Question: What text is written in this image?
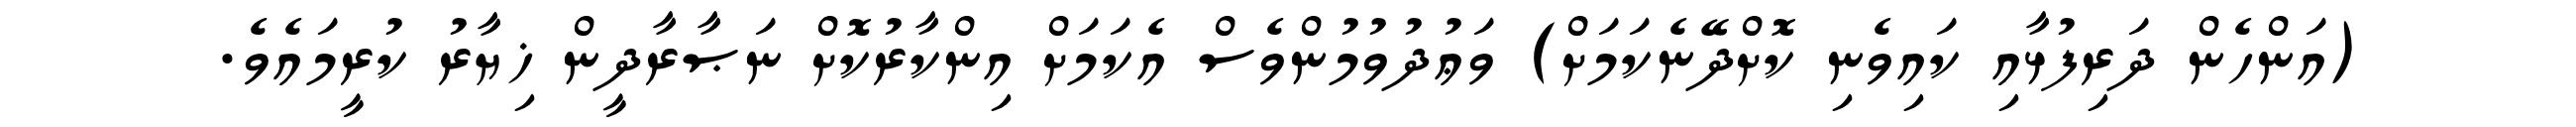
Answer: (އަންހެން ދަރިފުޅާއި ކައިވެނި ކޮށްދޭނެކަމަށް) ވަޢުދުވުމުންވެސް އެކަމަށް އިންކާރުކޮށް ނަޞާރާދީން ޚިޔާރު ކުރީމައެވެ.